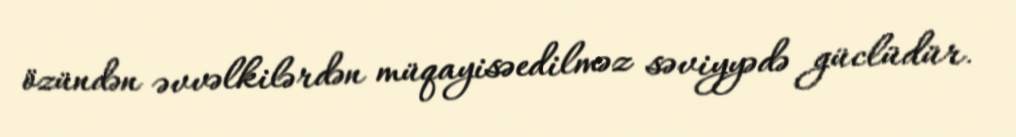
özündən əvvəlkilərdən müqayisəedilməz səviyyədə güclüdür.